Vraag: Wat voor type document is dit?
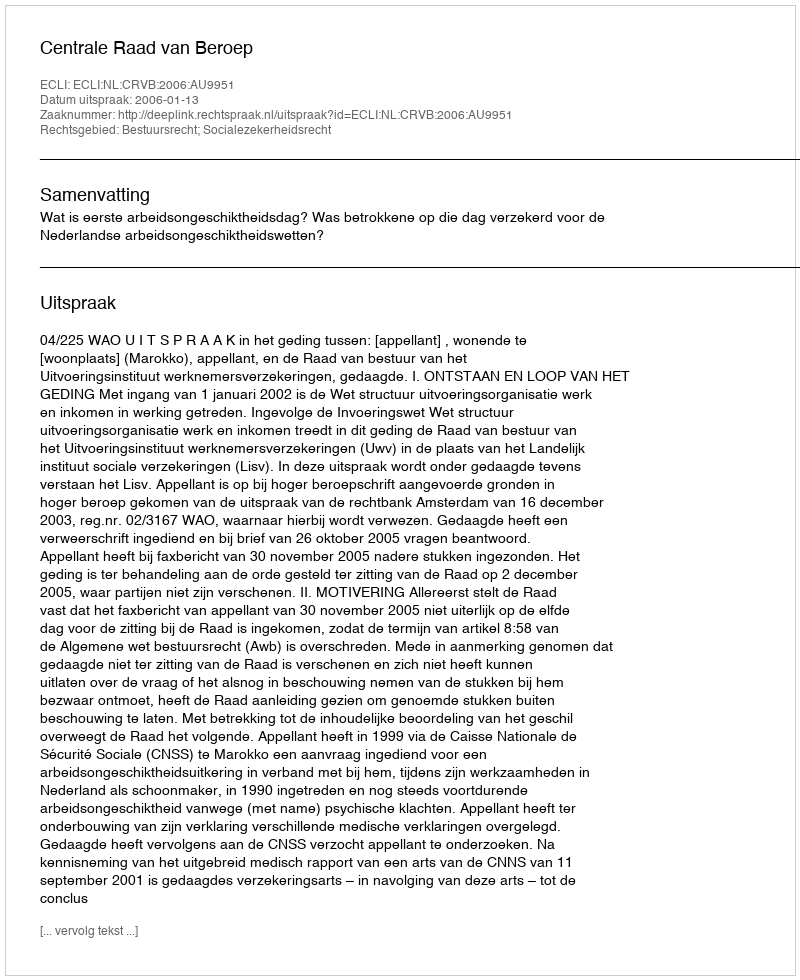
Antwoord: Uitspraak